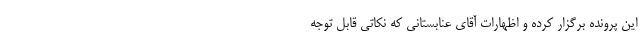
این پرونده برگزار کرده و اظهارات آقای عنابستانی که نکاتی قابل توجه